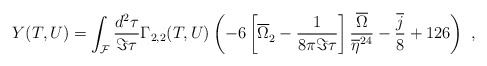
\begin{align*}Y(T,U) = \int_{\cal F}\frac{d^2\tau}{\Im \tau} \Gamma_{2,2}(T,U) \left(-6\left[{\overline{\Omega }}_2^{\phantom 2}- \frac{1}{8\pi \Im\tau}\right]\frac{\overline{\Omega}}{\overline{\eta}^{24}}- \frac{\overline{j}}{8}+126\right)\ ,\end{align*}